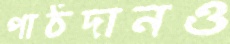
পাঠদানও